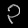
Digit: ၃